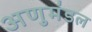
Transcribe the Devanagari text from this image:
अणुमंडल